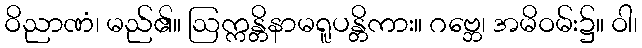
ဝိညာဏံ၊ မည်၏။ ဩက္ကန္တိနာမရူပန္တိကား။ ဂဗ္ဘေ၊ အမိဝမ်း၌။ ဝါ၊